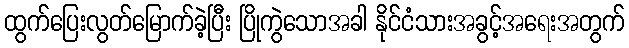
ထွက်ပြေးလွတ်မြောက်ခဲ့ပြီး ပြိုကွဲသောအခါ နိုင်ငံသားအခွင့်အရေးအတွက်